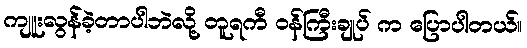
ကျူးလွန်ခဲ့တာပါဘဲလို့ တူရကီ ဝန်ကြီးချုပ် က ပြောပါတယ်။